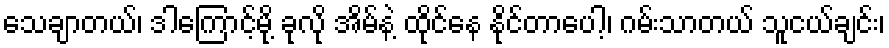
သေချာတယ်၊ ဒါကြောင့်မို့ ခုလို အိမ်နဲ့ ထိုင်နေ နိုင်တာပေါ့၊ ဂမ်းသာတယ် သူငယ်ချင်း၊